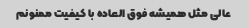
عالی مثل همیشه فوق العاده با کیفیت ممنونم